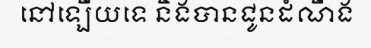
នៅឡើយទេ និងបានជូនដំណឹង